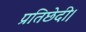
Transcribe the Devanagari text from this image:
प्रतिछेदी।